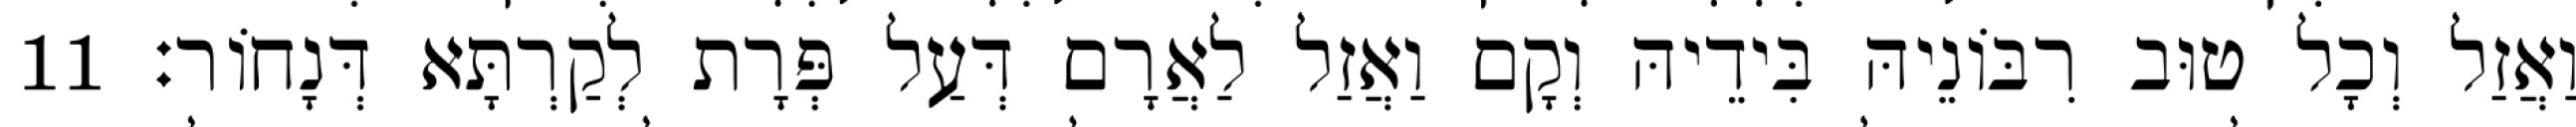
וַאֲזַל וְכָל טוּב רִבּוֹנֵיהּ בִּידֵיהּ וְקָם וַאֲזַל לַאֲרָם דְּעַל פְּרָת לְקַרְתָּא דְּנָחוֹר׃ 11